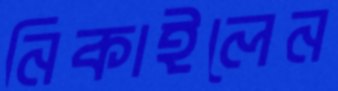
নিকাইলেন